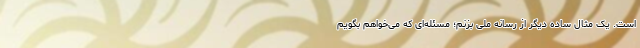
است. یک مثال ساده دیگر از رسانه ملی بزنم؛ مسئله‌ای که می‌خواهم بگویم